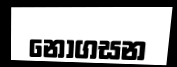
නොගසන